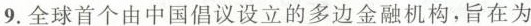
9.全球首个由中国倡议设立的多边金融机构，旨在为